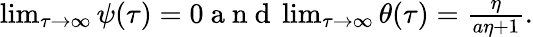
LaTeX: \begin{array}{r}{\operatorname*{lim}_{\tau\to\infty}\psi(\tau)=0\mathrm{~a~n~d~}\operatorname*{lim}_{\tau\to\infty}\theta(\tau)=\frac{\eta}{a\eta+1}.}\end{array}